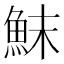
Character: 䱅